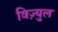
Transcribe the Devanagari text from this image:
विज़्युल